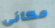
مكانى